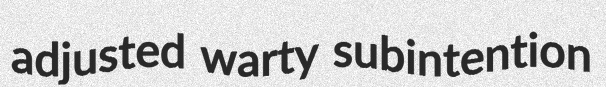
adjusted warty subintention